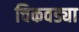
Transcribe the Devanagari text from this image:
चिकवड्या